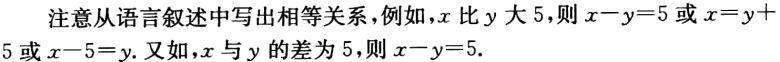
注意从语言叙述中写出相等关系，例如，\(x\)比\(y\)大\(5\)，则\(x - y = 5\)或\(x = y + 5\)或\(x - 5 = y\). 又如，\(x\)与\(y\)的差为\(5\)，则\(x - y = 5\).